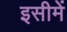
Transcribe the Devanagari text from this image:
इसीमें